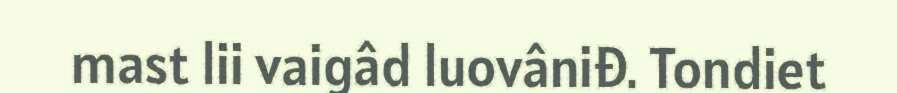
mast lii vaigâd luovâniđ. Tondiet